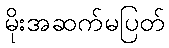
မိုးအဆက်မပြတ်